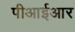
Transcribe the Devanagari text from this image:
पीआईआर